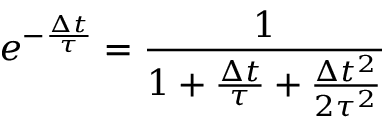
e ^ { - \frac { \Delta t } { \tau } } = \frac { 1 } { 1 + \frac { \Delta t } { \tau } + \frac { \Delta t ^ { 2 } } { 2 \tau ^ { 2 } } }